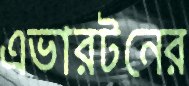
এভারটনের